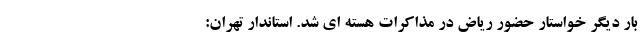
بار دیگر خواستار حضور ریاض در مذاکرات هسته ای شد. استاندار تهران: